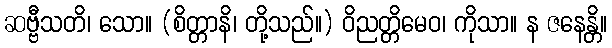
ဆဗ္ဗီသတိ၊ သော။ (စိတ္တာနိ၊ တို့သည်။) ဝိညတ္တိမေဝ၊ ကိုသာ။ န ဇနေန္တိ။